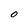
Character: O